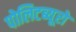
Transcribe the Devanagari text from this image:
पोलिटब्यूरो